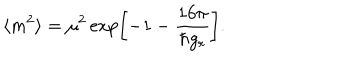
LaTeX: \langle m ^ { 2 } \rangle = \mu ^ { 2 } \exp \left[ - 1 - \frac { { 1 6 \pi } } { \hbar g _ { r } } \right] .